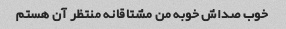
خوب صداش خوبه من مشتاقانه منتظر آن هستم